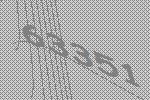
63351